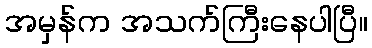
အမှန်က အသက်ကြီးနေပါပြီ။